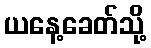
ယနေ့ခေတ်သို့